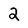
Character: 2